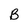
Character: B